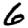
Digit: 6